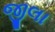
જીલા